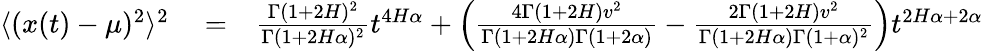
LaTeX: \begin{array}{rlr}{\langle(x(t)-\mu)^{2}\rangle^{2}}&{{}=}&{\frac{\Gamma(1+2H)^{2}}{\Gamma(1+2H\alpha)^{2}}t^{4H\alpha}+\left(\frac{4\Gamma(1+2H)v^{2}}{\Gamma(1+2H\alpha)\Gamma(1+2\alpha)}-\frac{2\Gamma(1+2H)v^{2}}{\Gamma(1+2H\alpha)\Gamma(1+\alpha)^{2}}\right)t^{2H\alpha+2\alpha}}\end{array}